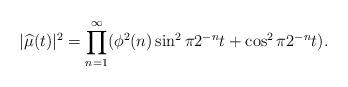
LaTeX: \begin{align*}|\widehat{\mu}(t)|^2 =\prod\limits_{n=1}^{\infty}(\phi^2(n)\sin^2{\pi2^{-n}t}+\cos^2{\pi2^{-n}t}).\end{align*}